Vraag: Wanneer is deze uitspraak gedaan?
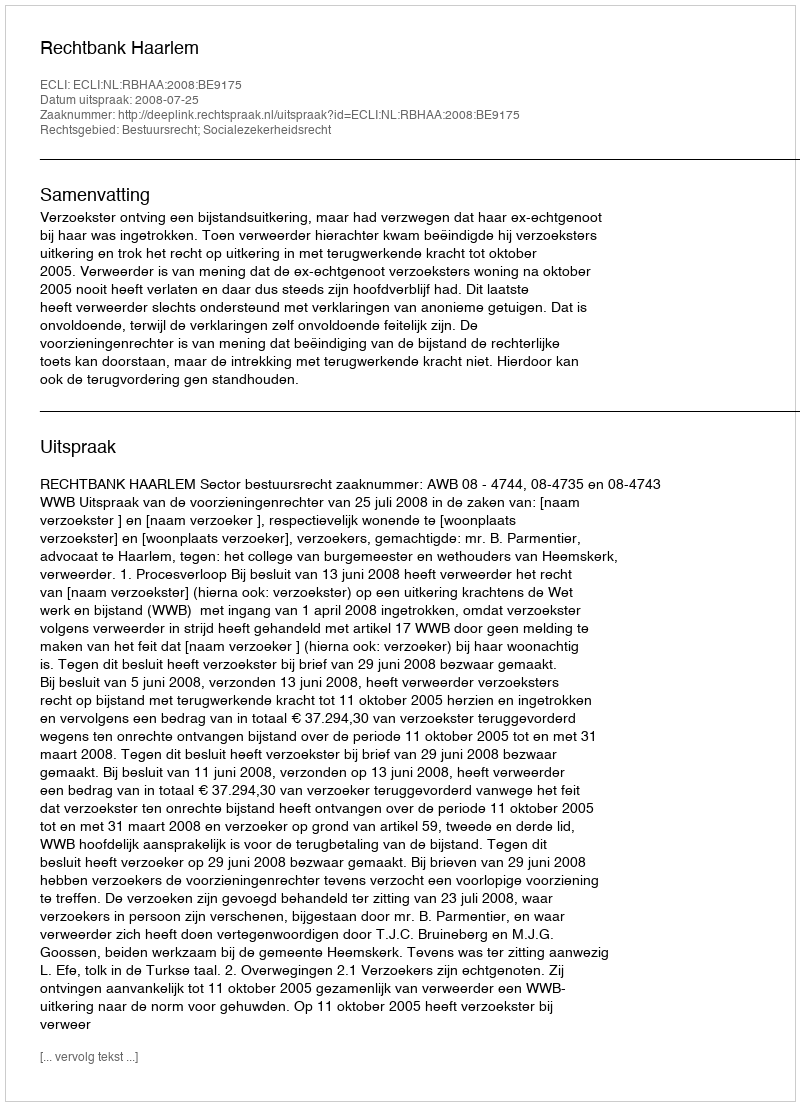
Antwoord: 2008-07-25